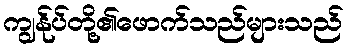
ကျွန်ုပ်တို့၏ဖောက်သည်များသည်